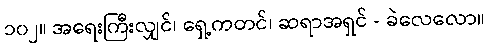
၁၀၂။ အရေးကြီးလျှင်၊ ရှေ့ကတင်၊ ဆရာအရှင် - ခဲလေလော။